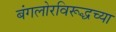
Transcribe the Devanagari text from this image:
बंगलोरविरूद्धच्या